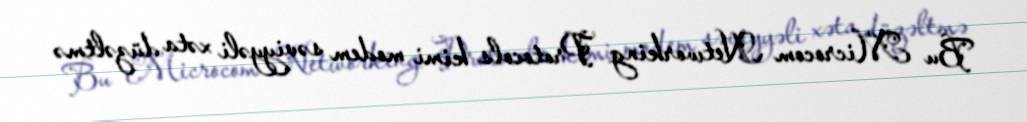
Bu Microcom Networking Protocols kimi modem səviyyəli xəta düzəltmə